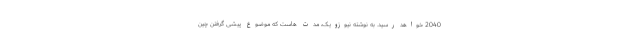
2040 خواهد رسید. به نوشته نیوزویک، مدت هاست که موضوع پیشی گرفتن چین